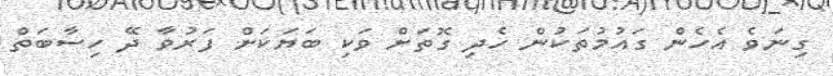
ގިނަވެ އެހެން ގައުމުތަކުން ހެދި ގޮތަށް ވަކި ބަޔަކަށް ފަރުވާ ދޭ ހިސާބަތް